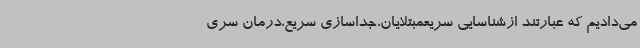
می‌دادیم که عبارتند ازشناسایی سریعمبتلایان،جداسازی سریع،درمان سری